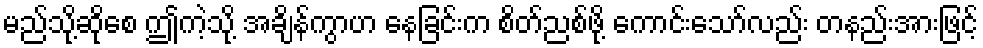
မည်သို့ဆိုစေ ဤကဲ့သို့ အချိန်ကွာဟ နေခြင်းက စိတ်ညစ်ဖို့ ကောင်းသော်လည်း တနည်းအားဖြင့်